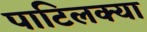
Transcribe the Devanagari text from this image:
पाटिलक्या